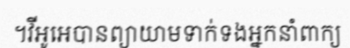
។វីអូអេបានព្យាយាមទាក់ទងអ្នកនាំពាក្យ